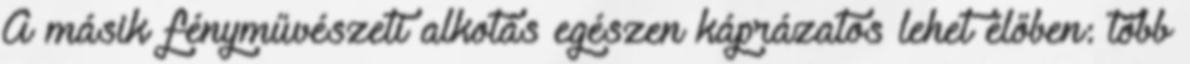
A másik fényművészeti alkotás egészen káprázatos lehet élőben: több